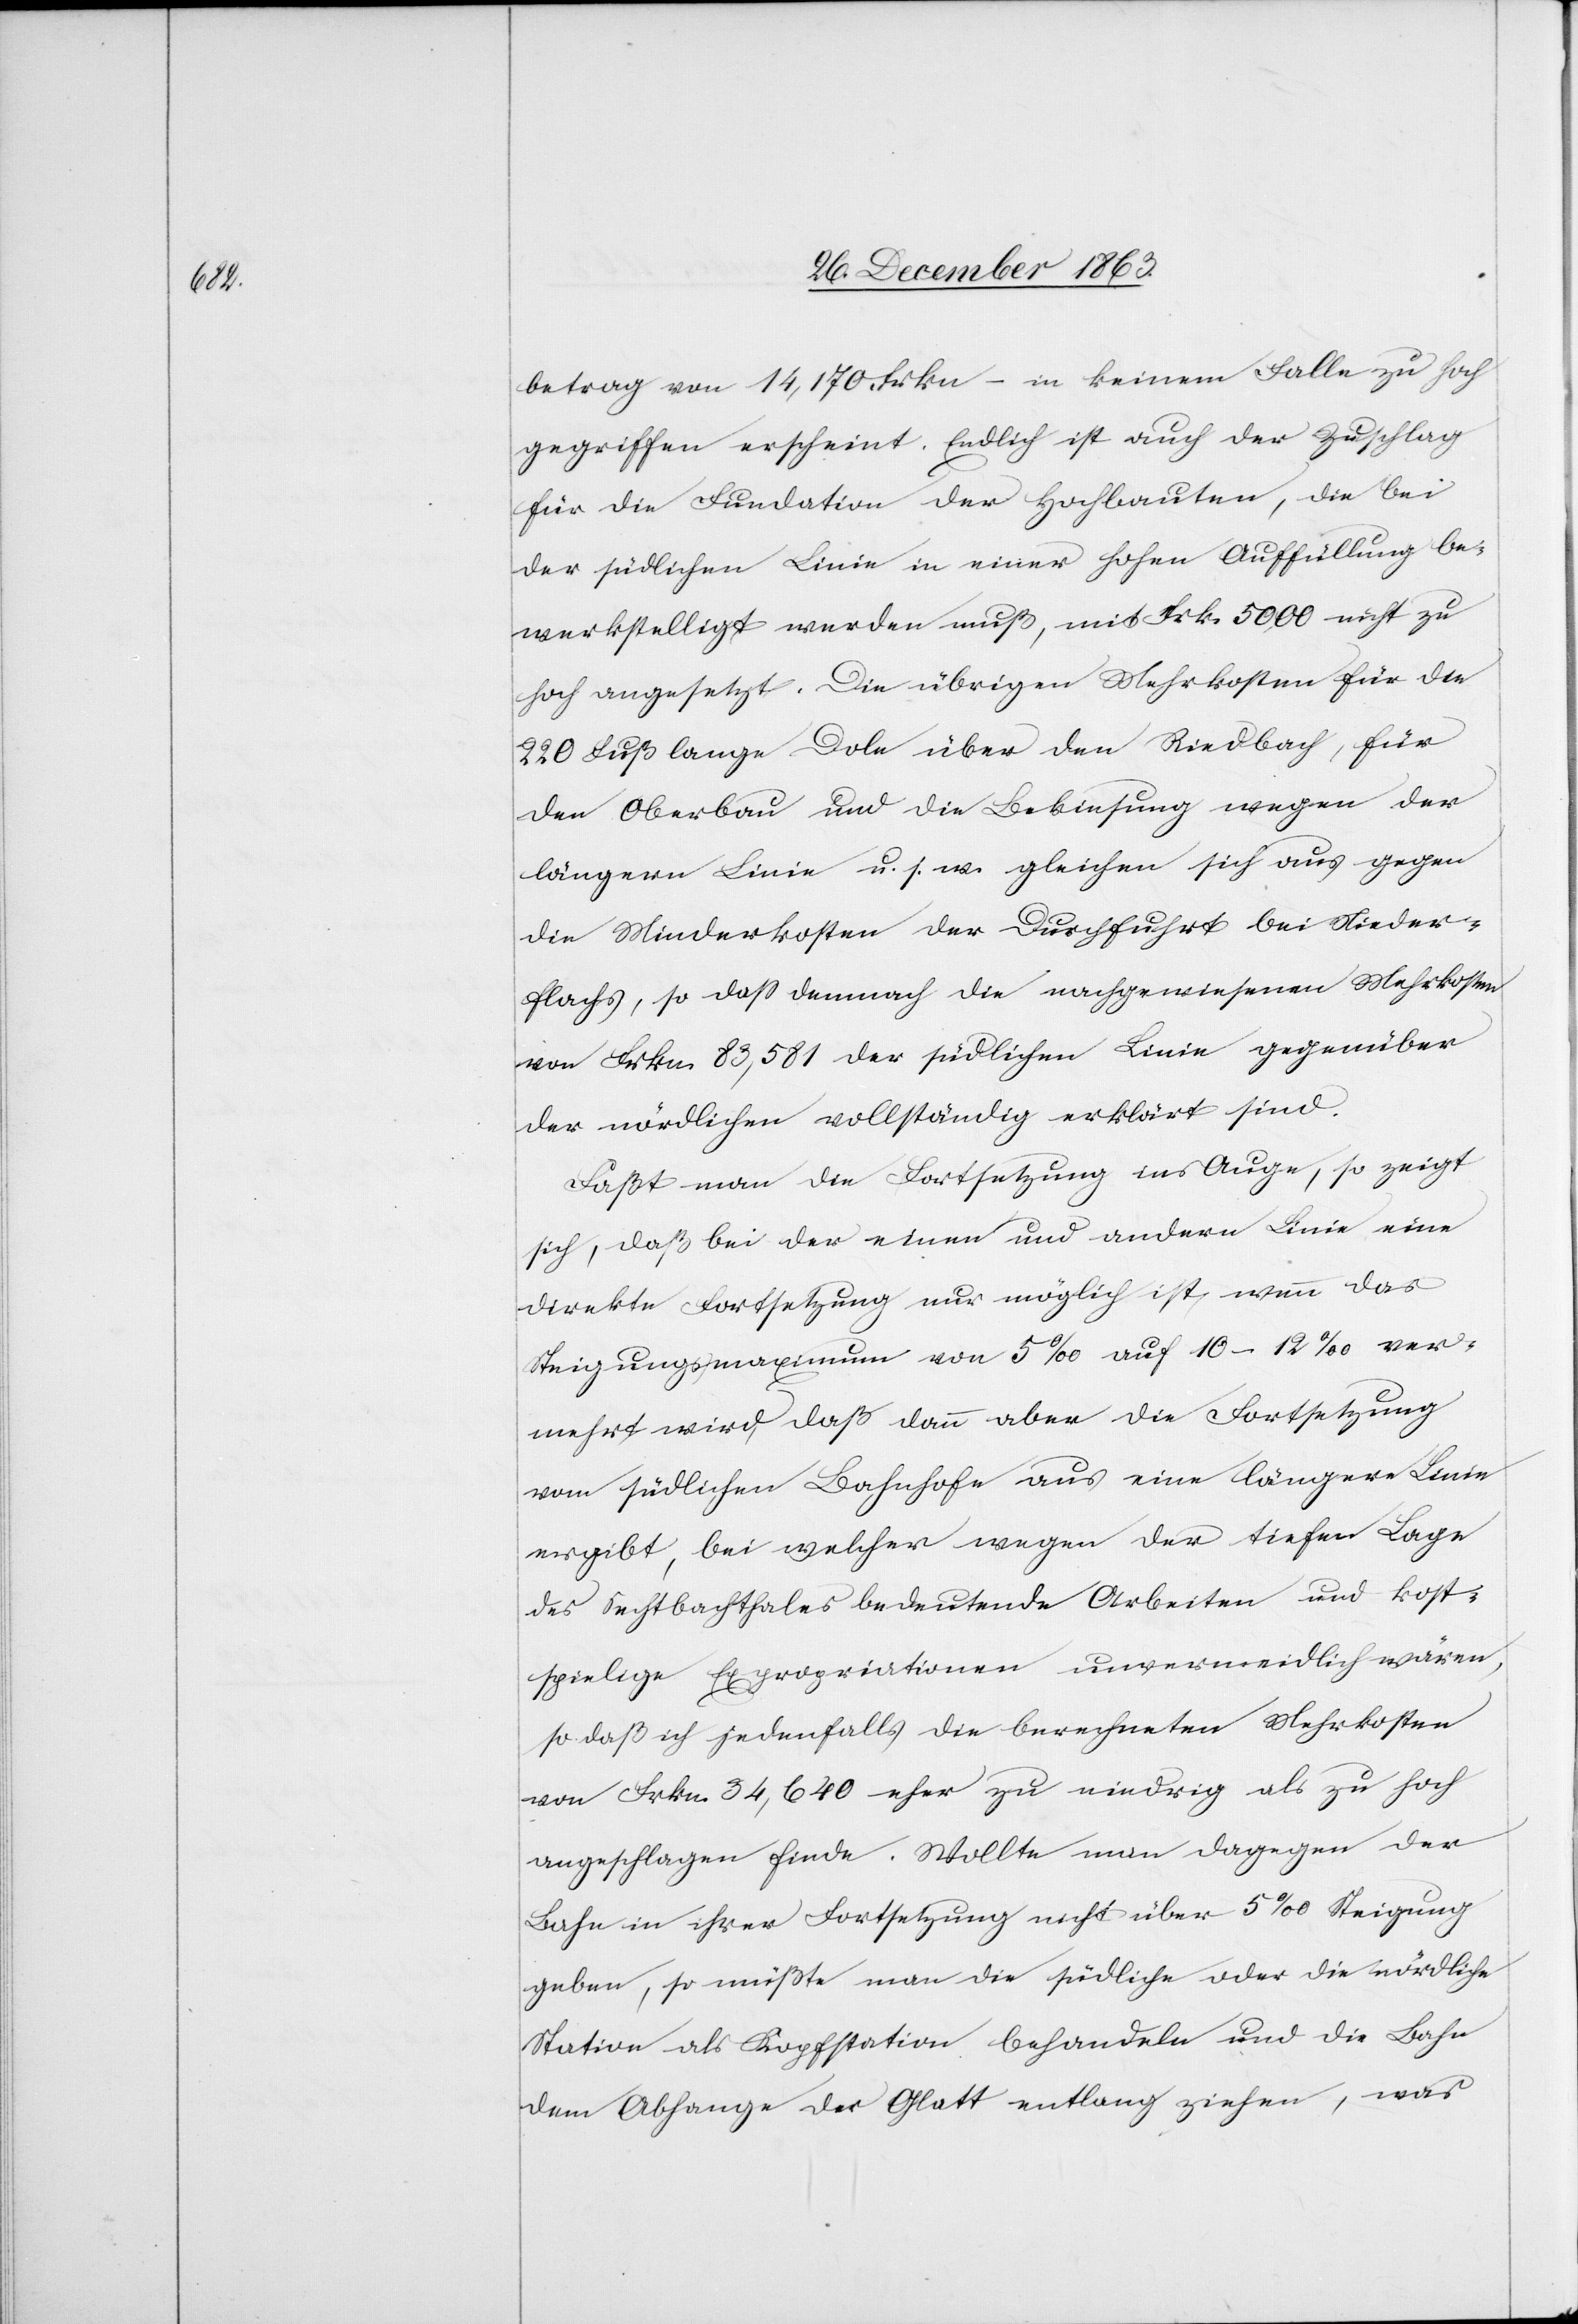
betrag von 14,170 Frkn – in keinem Falle zu hoch
gegriffen erscheint. Endlich ist auch der Zuschlag
für die Fundation der Hochbauten, die bei
der südlichen Linie in einer hohen Auffüllung be¬
werkstelligt werden muß, mit Frk. 5000 nicht zu
hoch angesetzt. Die übrigen Mehrkosten für die
220 Fuß lange Dole über den Riedbach, für
den Oberbau und die Bekiesung wegen der
längern Linie u. s. w. gleichen sich aus gegen
die Minderkosten der Durchfuhrt bei Nieder¬
flachs, so dass demnach die nachgewiesenen Mehrkosten
von Frkn. 83,581 der südlichen Linie gegenüber
der nördlichen vollständig erklärt sind.
Faßt man die Fortsetzung ins Auge, so zeigt
sich, daß bei der einen und andern Linie eine
direkte Fortsetzung nur möglich ist, wenn das
Steigungsmaximum von 5‰ auf 10–12‰ ver¬
mehrt wird, daß dann aber die Fortsetzung
vom südlichen Bahnhofe aus eine längere Linie
ergibt, bei welcher wegen der tiefen Lage
des Sechtbachthales bedeutende Arbeiten und kost¬
spielige Expropriationen unvermeidlich wären,
so daß ich jedenfalls die berechneten Mehrkosten
von Frkn. 34,640 eher zu niedrig als zu hoch
angeschlagen finde. Wollte man dagegen der
Bahn in ihrer Fortsetzung nicht über 5‰ Steigung
geben, so müßte man die südliche oder die nördliche
Station als Kopfstation behandeln und die Bahn
dem Abhange der Glatt entlang ziehen, was